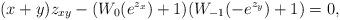
LaTeX: \begin{align*}(x+y) z_{xy} - ({W_0}(e^{z_x})+1)({W_{-1}}(-e^{z_y})+1) = 0,\end{align*}